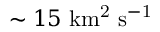
\sim 1 5 \ \mathrm { k m ^ { 2 } \ s ^ { - 1 } }